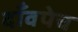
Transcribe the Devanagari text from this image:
दाँवपेच